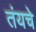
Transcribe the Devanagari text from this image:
तंयचे